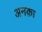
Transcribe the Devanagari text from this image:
अनक़ा